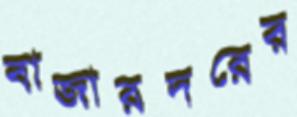
বাজারদরের